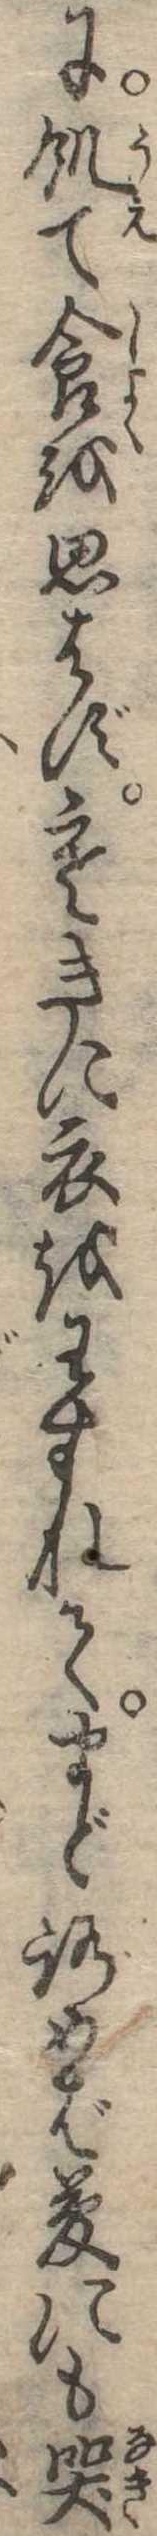
に飢て食を思はず寒きに衣をわすれてまどろめば夢にも哭